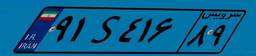
۱۱S۸۲۲۱۶